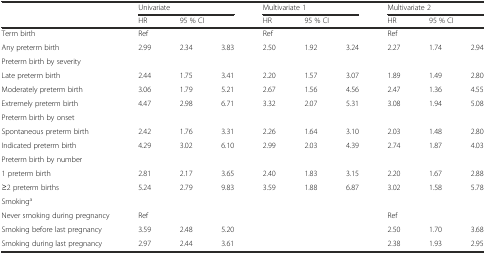
<table><thead><tr><td></td><td colspan="3"><b>Univariate</b></td><td colspan="3"><b>Multivariate 1</b></td><td colspan="3"><b>Multivariate 2</b></td></tr><tr><td></td><td><b>HR</b></td><td colspan="2"><b>95 % CI</b></td><td><b>HR</b></td><td colspan="2"><b>95 % CI</b></td><td><b>HR</b></td><td colspan="2"><b>95 % CI</b></td></tr></thead><tbody><tr><td>Term birth</td><td>Ref</td><td></td><td></td><td>Ref</td><td></td><td></td><td>Ref</td><td></td><td></td></tr><tr><td>Any preterm birth</td><td>2.99</td><td>2.34</td><td>3.83</td><td>2.50</td><td>1.92</td><td>3.24</td><td>2.27</td><td>1.74</td><td>2.94</td></tr><tr><td>Preterm birth by severity</td><td></td><td></td><td></td><td></td><td></td><td></td><td></td><td></td><td></td></tr><tr><td>Late preterm birth</td><td>2.44</td><td>1.75</td><td>3.41</td><td>2.20</td><td>1.57</td><td>3.07</td><td>1.89</td><td>1.49</td><td>2.80</td></tr><tr><td>Moderately preterm birth</td><td>3.06</td><td>1.79</td><td>5.21</td><td>2.67</td><td>1.56</td><td>4.56</td><td>2.47</td><td>1.36</td><td>4.55</td></tr><tr><td>Extremely preterm birth</td><td>4.47</td><td>2.98</td><td>6.71</td><td>3.32</td><td>2.07</td><td>5.31</td><td>3.08</td><td>1.94</td><td>5.08</td></tr><tr><td>Preterm birth by onset</td><td></td><td></td><td></td><td></td><td></td><td></td><td></td><td></td><td></td></tr><tr><td>Spontaneous preterm birth</td><td>2.42</td><td>1.76</td><td>3.31</td><td>2.26</td><td>1.64</td><td>3.10</td><td>2.03</td><td>1.48</td><td>2.80</td></tr><tr><td>Indicated preterm birth</td><td>4.29</td><td>3.02</td><td>6.10</td><td>2.99</td><td>2.03</td><td>4.39</td><td>2.74</td><td>1.87</td><td>4.03</td></tr><tr><td>Preterm birth by number</td><td></td><td></td><td></td><td></td><td></td><td></td><td></td><td></td><td></td></tr><tr><td>1 preterm birth</td><td>2.81</td><td>2.17</td><td>3.65</td><td>2.40</td><td>1.83</td><td>3.15</td><td>2.20</td><td>1.67</td><td>2.88</td></tr><tr><td>≥2 preterm births</td><td>5.24</td><td>2.79</td><td>9.83</td><td>3.59</td><td>1.88</td><td>6.87</td><td>3.02</td><td>1.58</td><td>5.78</td></tr><tr><td>Smoking<sup>a</sup></td><td></td><td></td><td></td><td></td><td></td><td></td><td></td><td></td><td></td></tr><tr><td>Never smoking during pregnancy</td><td>Ref</td><td></td><td></td><td></td><td></td><td></td><td>Ref</td><td></td><td></td></tr><tr><td>Smoking before last pregnancy</td><td>3.59</td><td>2.48</td><td>5.20</td><td></td><td></td><td></td><td>2.50</td><td>1.70</td><td>3.68</td></tr><tr><td>Smoking during last pregnancy</td><td>2.97</td><td>2.44</td><td>3.61</td><td></td><td></td><td></td><td>2.38</td><td>1.93</td><td>2.95</td></tr></tbody></table>